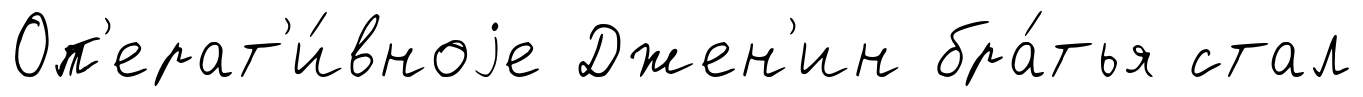
Оп'ерат'и́вноjе Джен'ин бра́тья стал